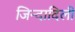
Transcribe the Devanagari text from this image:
जिन्दादिली